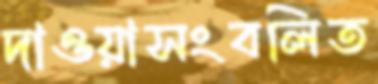
দাওয়াসংবলিত